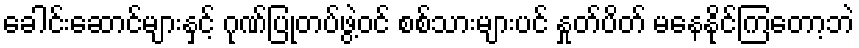
ခေါင်းဆောင်များနှင့် ဂုဏ်ပြုတပ်ဖွဲ့ဝင် စစ်သားများပင် နှုတ်ပိတ် မနေနိုင်ကြတော့ဘဲ